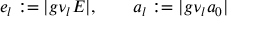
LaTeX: e _ { l } : = | g \nu _ { l } E | , \qquad a _ { l } : = | g \nu _ { l } a _ { 0 } |